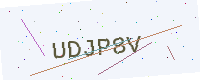
Text: UDJP8V